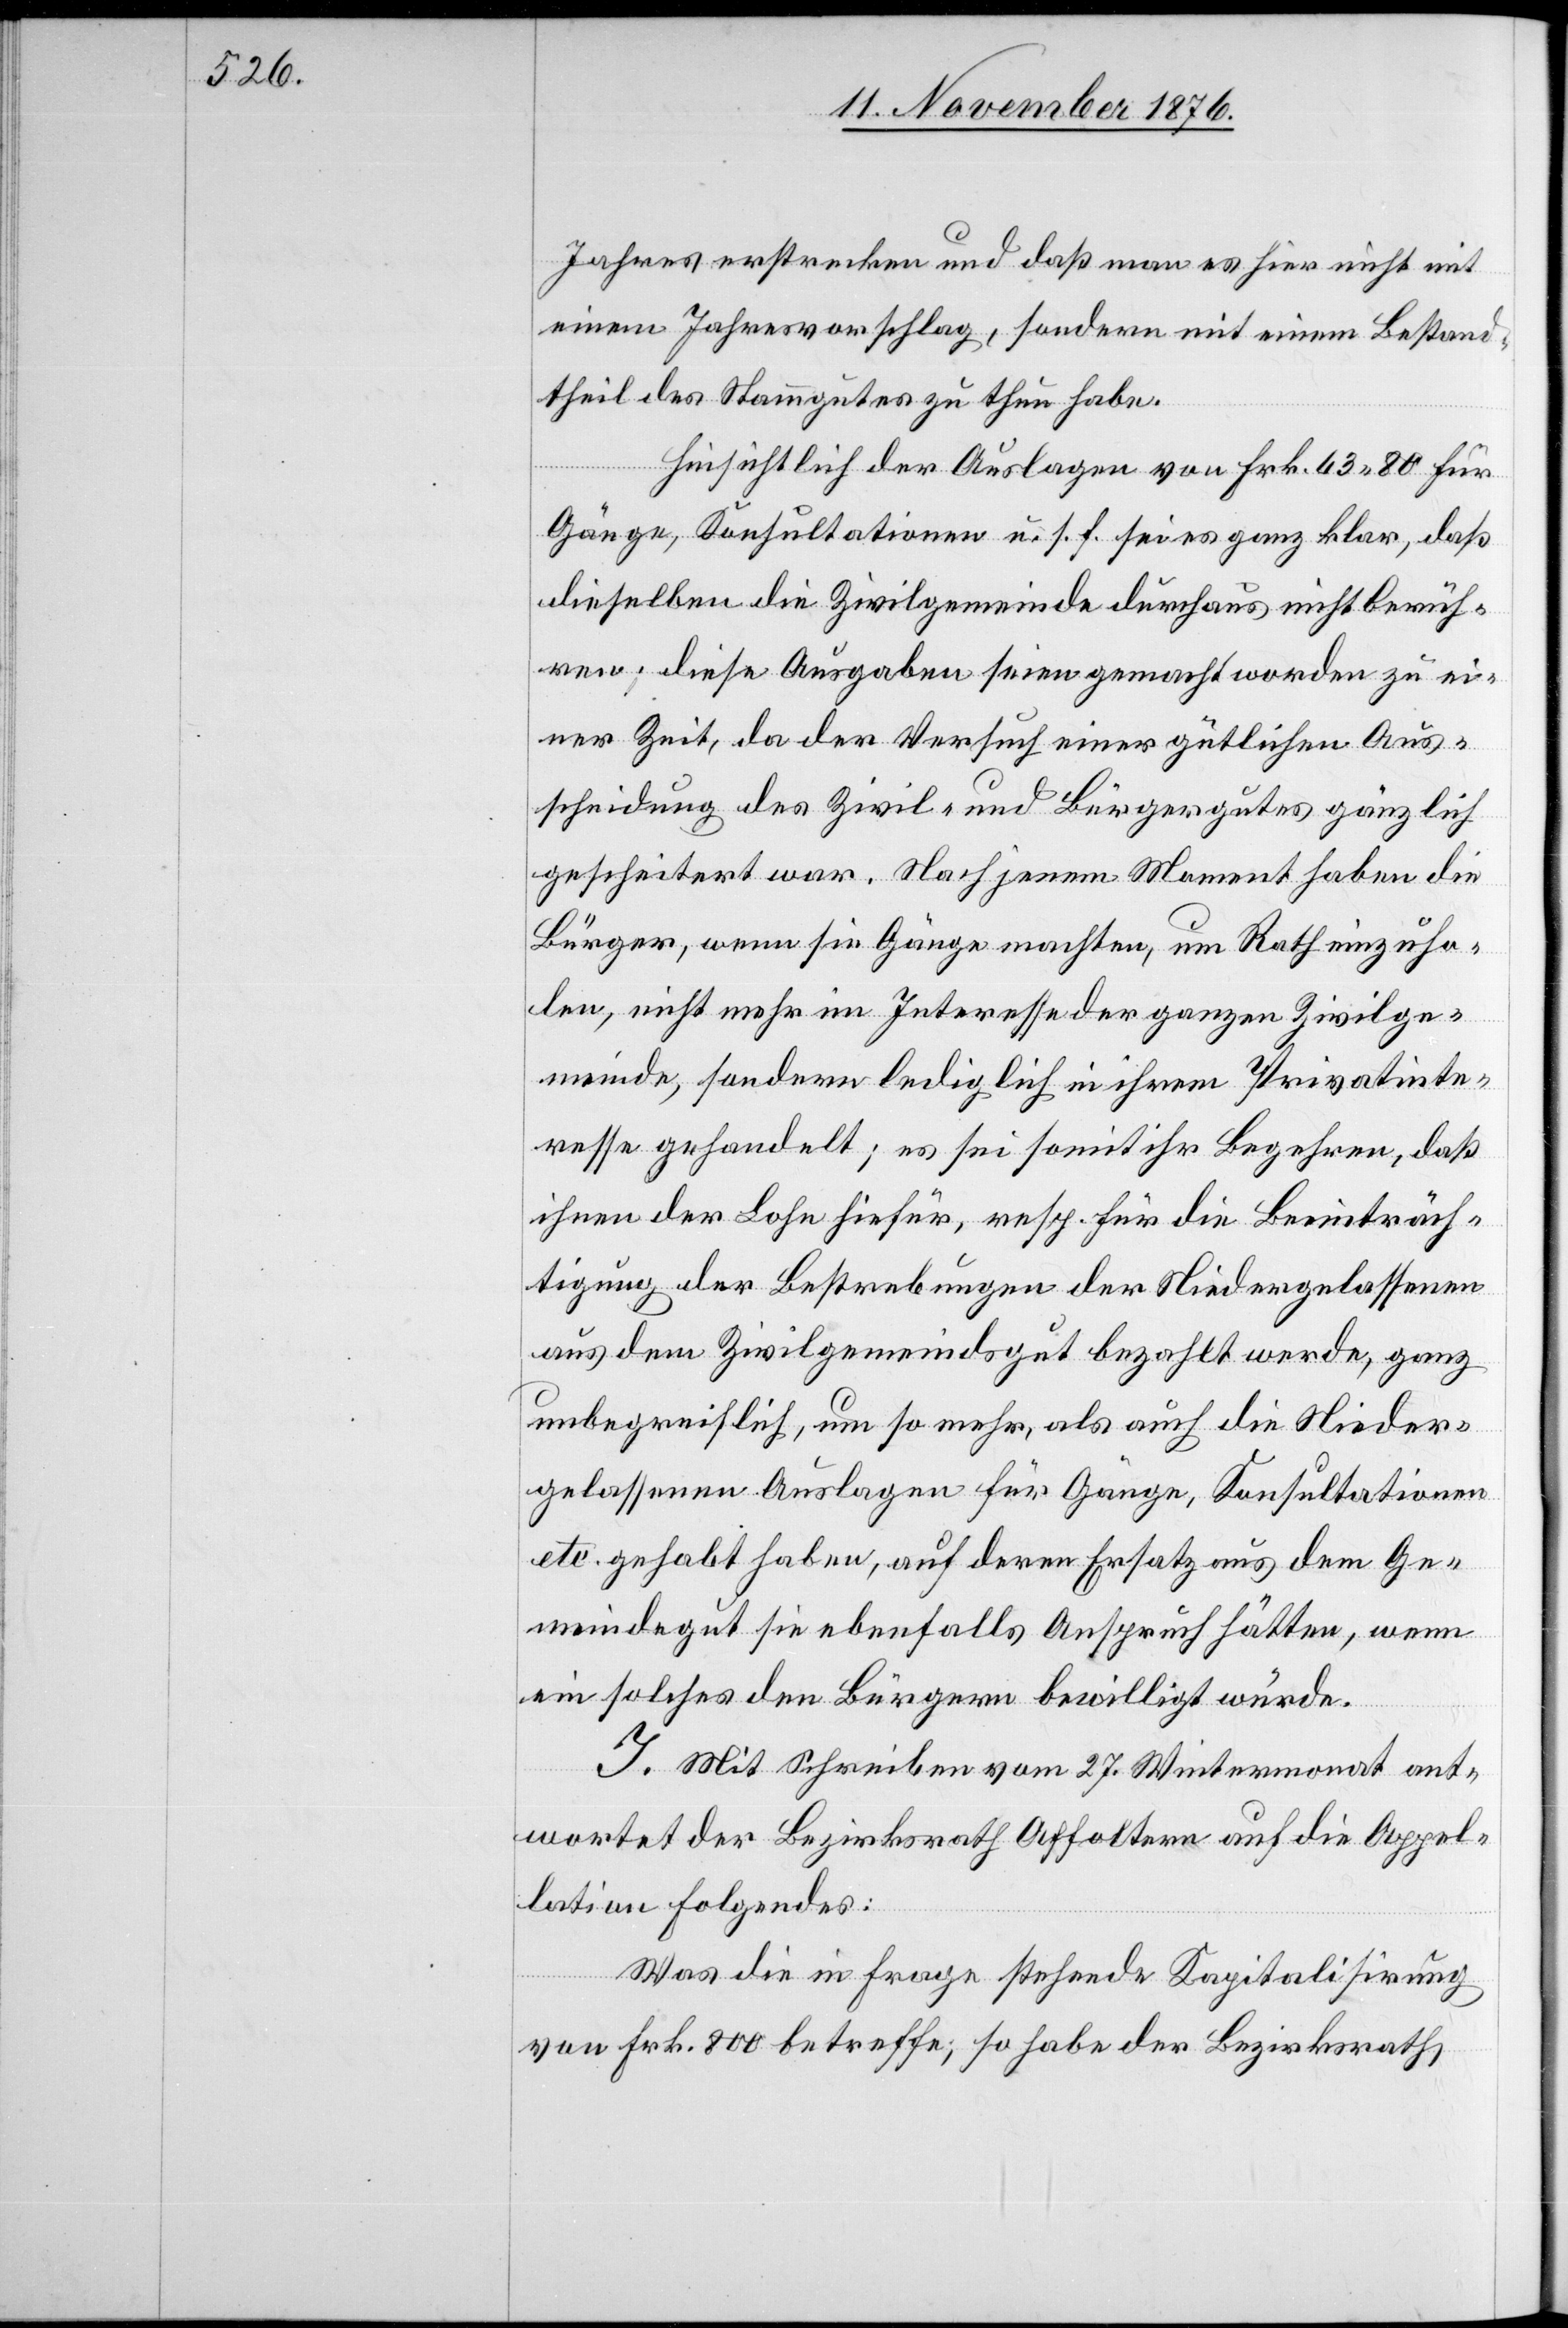
Jahres erstrecken und daß man es hier nicht mit
einem Jahresvorschlag, sondern mit einem Bestand¬
theil des Stammgutes zu thun habe.
Hinsichtlich der Auslagen von Frk. 63 80 für
Gänge, Konsultationen u. s. f. sei es ganz klar, daß
dieselben die Zivilgemeinde durchaus nicht berüh¬
ren; diese Ausgaben seien gemacht worden zu ei¬
ner Zeit, da der Versucht einer gütlichen Aus¬
scheidung des Zivil- und Bürgergutes gänzlich
gescheitert war. Nach jenem Moment haben die
Bürger, wenn sie Gänge machten, um Rath einzuho¬
len, nicht mehr im Interesse der ganzen Zivilge¬
meinde, sondern lediglich in ihrem Privatinte¬
resse gehandelt; es sei somit ihr Begehren, daß
ihnen der Lohn hierfür, resp. für die Beeinträch¬
tigung der Bestrebungen der Niedergelassenen
aus dem Zivilgemeindsgut bezahlt werde, ganz
unbegreiflich, um so mehr, als auch die Nieder¬
gelassenen Auslagen für Gänge, Konsultationen
etc. gehabt haben, auf deren Ersatz aus dem Ge¬
meindegut sie ebenfalls Anspruch hätten, wenn
ein solches den Bürgern bewilligt würde.
I. Mit Schreiben vom 27. Wintermonat ant¬
wortet der Bezirksrath Affoltern auf die Appel¬
lation Folgendes:
Was die in Frage stehende Kapitalisirung
von Frk. 800 betreffe, so habe der Bezirksrath,